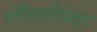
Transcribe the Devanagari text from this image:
पॉलिसीपेक्षा